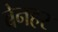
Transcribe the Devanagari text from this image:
बेनहर